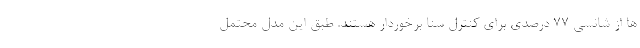
ها از شانسی 77 درصدی برای کنترل سنا برخوردار هستند. طبق این مدل محتمل